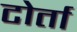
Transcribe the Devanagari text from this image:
टोर्ता